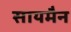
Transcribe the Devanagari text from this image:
सायमैन